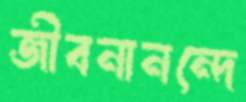
জীবনানন্দে